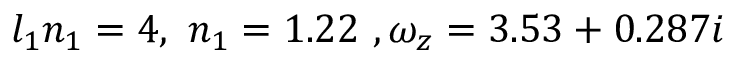
l _ { 1 } n _ { 1 } = 4 , \, \, n _ { 1 } = 1 . 2 2 \, \, , \omega _ { z } = 3 . 5 3 + 0 . 2 8 7 i